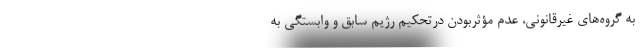
به گروه‌های غیرقانونی، عدم مؤثربودن درتحکیم رژیم سابق و وابستگی به